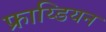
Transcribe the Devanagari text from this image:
फ्राय्डियन